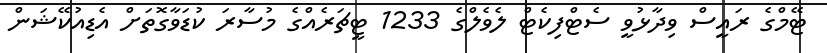
ޓޭމްގެ ރައީސް ވިދާޅުވީ ސެޓްފިކެޓް ލެވެލްގެ 1233 ޓީޗަރެއްގެ މުސާރަ ކުޑަވާގޮތަށް އެޑިއުކޭޝަން